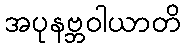
အပုနဗ္ဘဝါယာတိ